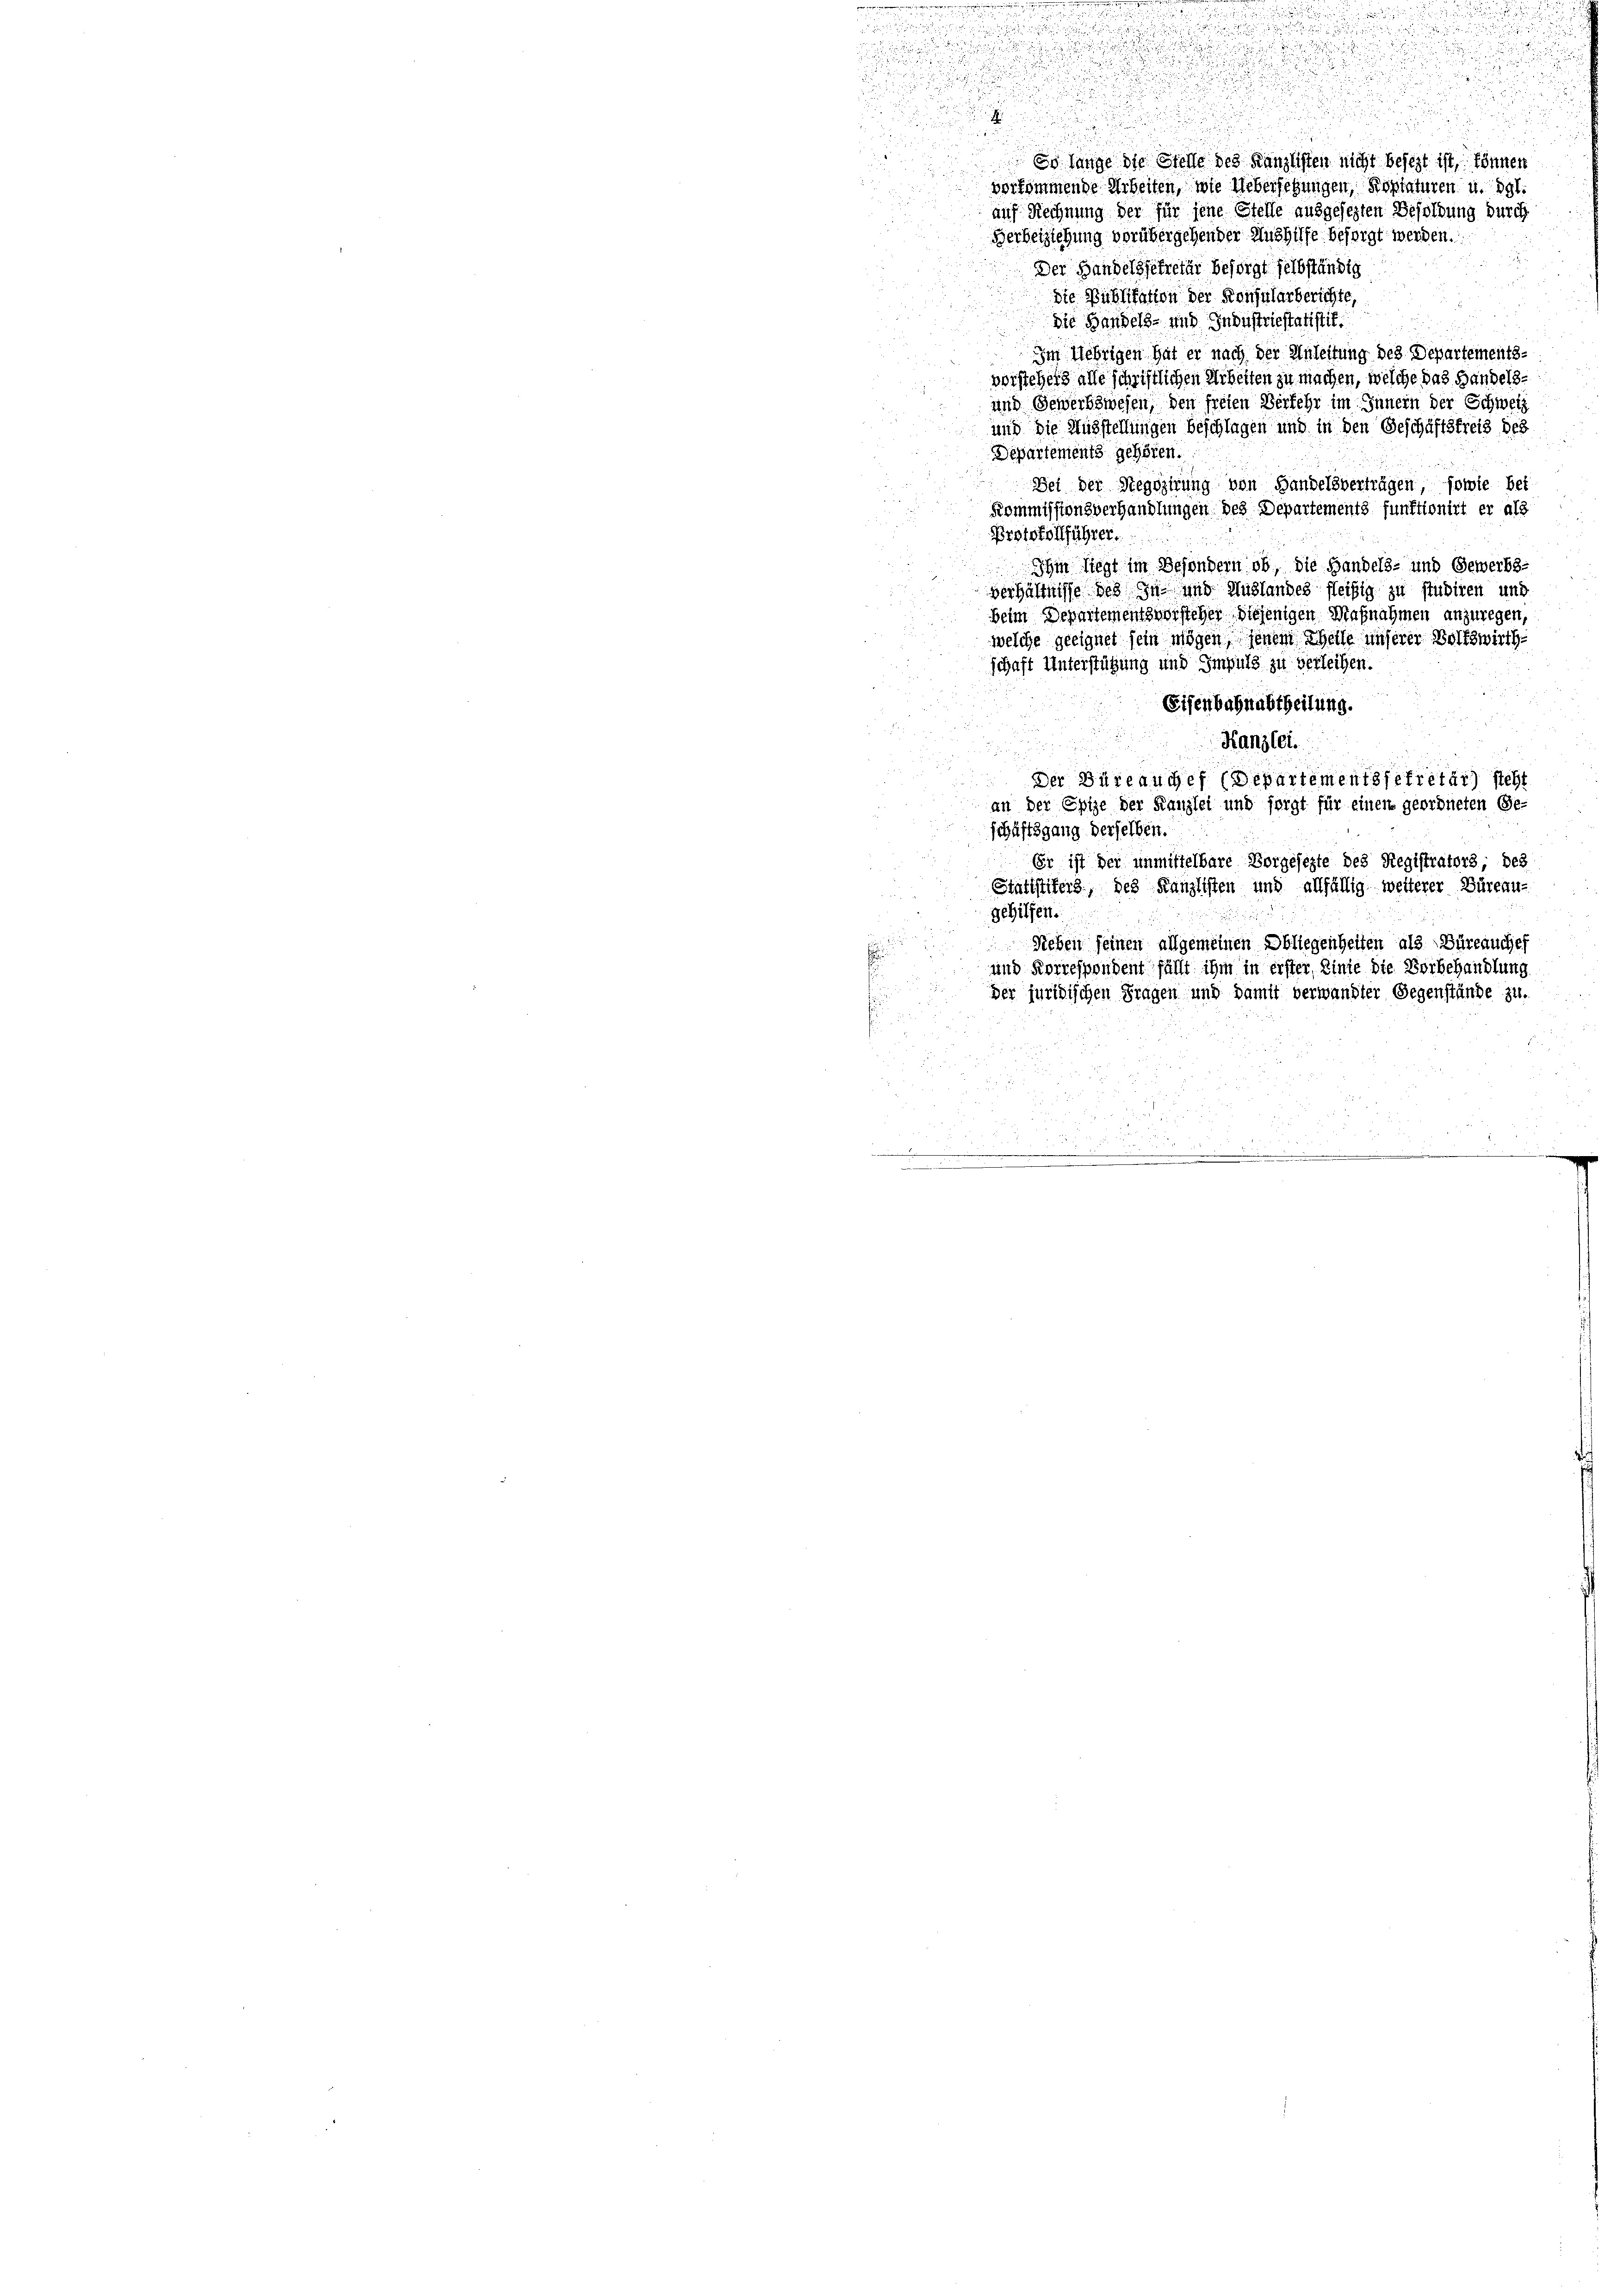
vorkommende Arbeiten, wie Uebersehungen, Kopiaturen u. dgl.
auf Rechnung der für jene Stelle ausgesezten Besoldung durch
Berbeiziehung vorübergehender Aushilfe besorgt werden.
Der Handelssekretär besorgt selbständig
die Publikation der Konsularberichte,
.
die Handels- und Industriestatistit.
2
Im Uebrigen hat er nach der Anleitung des Departements-
vorstehers alle schriftlichen Arbeiten zu machen, welche das Handels¬
und Gewerbswesen, den freien Verkehr im Innern der Schweiz
und die Ausstellungen beschlagen und in den Geschäftsfreis des
Departements gehören.
Bei der Regisirung von Handelsvertrügen, sowie bei
Kommissionsverhandlungen des Departements funktionirt er als
u
Protokollführer.
Ihm liegt im Besondern ob, die Handels- und Gewerbs-
verhältnisse des zu und Auslandes fleißig zu studiren und
beim Departementsweisteher diejenigen Maßnahmen anzuregen,
welche geeignet sein mögen, jenem Theile unserer Volkswirth
schaft Unterstützung und Impuls zu verleihen.
Eisenbahnabtheilung.
Kanzlei.
n
Der Büreauches (Departementssekretär steht
an der Epize der Kanzlei und sorgt für einen geordneten Ge-
schäftsgang derselben.
Er ist der unmittelbare Vorgesezte des Registrators; des
Statistifers, des Kanzlisten und allfällig weiterer Büreau-
gehilfen.
Neben seinen allgemeinen Obliegenheiten als Büreauches
und Korrespondent fällt ihm in erster, Linie die Vorbehandlung
der juridischen Fragen und damit verwandter Gegenstände zu.

u
u

Es lange die Stelle des Kanzlisten nicht besezt ist, können